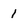
Character: 1